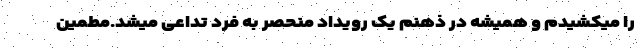
را میکشیدم و همیشه در ذهنم یک رویداد منحصر به فرد تداعی میشد.مطمیٔن